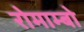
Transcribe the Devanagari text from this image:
रोमाम्बो